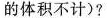
的体积不计)?